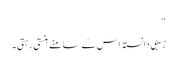
‘‘
زیبی دانستہ اس کے سامنے ہنستی رہتی۔